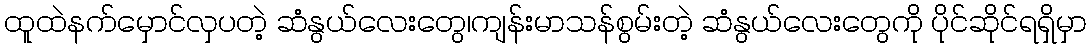
ထူထဲနက်မှောင်လှပတဲ့ ဆံနွယ်လေးတွေ၊ကျန်းမာသန်စွမ်းတဲ့ ဆံနွယ်လေးတွေကို ပိုင်ဆိုင်ရရှိမှာ